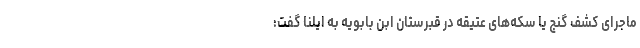
ماجرای کشف گنج یا سکه‌های عتیقه در قبرستان ابن بابویه به ایلنا گفت: